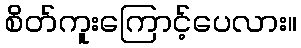
စိတ်ကူးကြောင့်ပေလား။